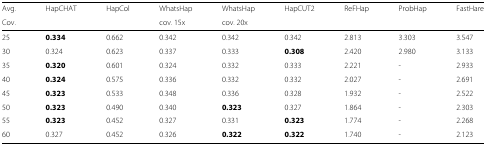
<table><thead><tr><td><b>Avg.</b></td><td><b>HapCHAT</b></td><td><b>HapCol</b></td><td><b>WhatsHap</b></td><td><b>WhatsHap</b></td><td><b>HapCUT2</b></td><td><b>ReFHap</b></td><td><b>ProbHap</b></td><td><b>FastHare</b></td></tr><tr><td><b>Cov.</b></td><td></td><td></td><td><b>cov. 15x</b></td><td><b>cov. 20x</b></td><td></td><td></td><td></td><td></td></tr></thead><tbody><tr><td>25</td><td><b>0.334</b></td><td>0.662</td><td>0.342</td><td>0.342</td><td>0.342</td><td>2.813</td><td>3.303</td><td>3.547</td></tr><tr><td>30</td><td>0.324</td><td>0.623</td><td>0.337</td><td>0.333</td><td><b>0.308</b></td><td>2.420</td><td>2.980</td><td>3.133</td></tr><tr><td>35</td><td><b>0.320</b></td><td>0.601</td><td>0.324</td><td>0.332</td><td>0.333</td><td>2.221</td><td>-</td><td>2.933</td></tr><tr><td>40</td><td><b>0.324</b></td><td>0.575</td><td>0.336</td><td>0.332</td><td>0.332</td><td>2.027</td><td>-</td><td>2.691</td></tr><tr><td>45</td><td><b>0.323</b></td><td>0.533</td><td>0.348</td><td>0.336</td><td>0.328</td><td>1.932</td><td>-</td><td>2.522</td></tr><tr><td>50</td><td><b>0.323</b></td><td>0.490</td><td>0.340</td><td><b>0.323</b></td><td>0.327</td><td>1.864</td><td>-</td><td>2.303</td></tr><tr><td>55</td><td><b>0.323</b></td><td>0.452</td><td>0.327</td><td>0.331</td><td><b>0.323</b></td><td>1.774</td><td>-</td><td>2.268</td></tr><tr><td>60</td><td>0.327</td><td>0.452</td><td>0.326</td><td><b>0.322</b></td><td><b>0.322</b></td><td>1.740</td><td>-</td><td>2.123</td></tr></tbody></table>